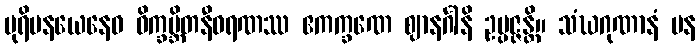
ပုရိမနယေနေဝ ဝိက္ခမ္ဘိတနီဝရဏဿ ဧကက္ခဏေ ဈာနင်္ဂါနိ ဥပ္ပဇ္ဇန္တိ။ သံဃဂုဏာနံ ပန